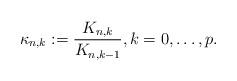
LaTeX: \begin{align*}\kappa_{n,k}:=\frac{K_{n,k}}{K_{n,k-1}},k=0,\ldots,p.\end{align*}